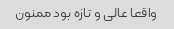
واقعا عالی و تازه بود ممنون